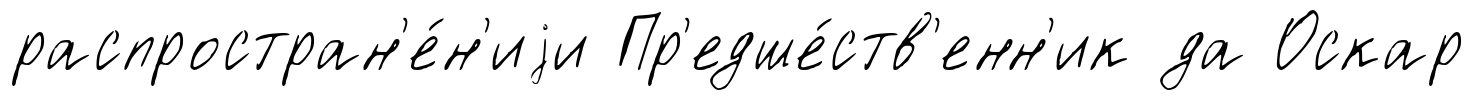
распростран'е́н'иjи Пр'едше́ств'енн'ик да Оскар